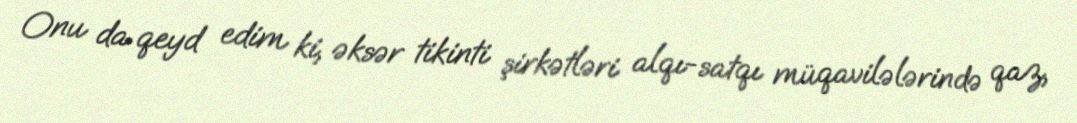
Onu da qeyd edim ki, əksər tikinti şirkətləri alqı-satqı müqavilələrində qaz,